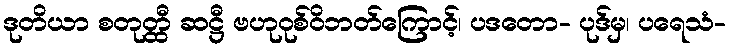
ဒုတိယာ စတုတ္ထီ ဆဋ္ဌီ ဗဟုဝုစ်ဝိဘတ်ကြောင့်၊ ပဒတော- ပုဒ်မှ၊ ပရေသံ-